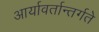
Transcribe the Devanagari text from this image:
आर्यावर्तान्तर्गते